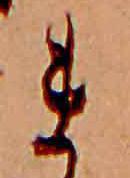
ま